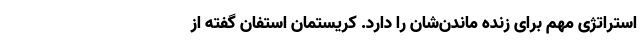
استراتژی مهم برای زنده ماندن‌شان را دارد. کریستمان استفان گفته از